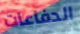
الدفاعات